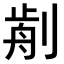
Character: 𠝣